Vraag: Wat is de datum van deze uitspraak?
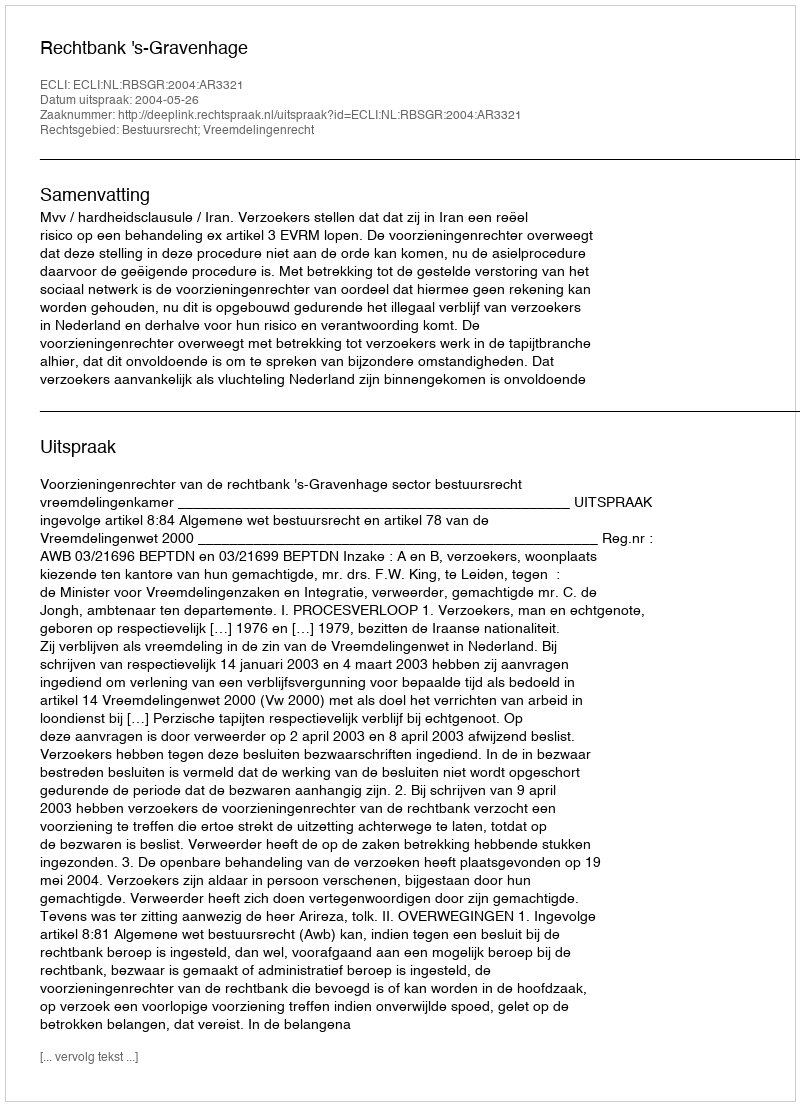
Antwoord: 2004-05-26